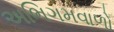
અભિગમવાળો